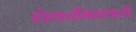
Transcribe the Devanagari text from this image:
होकरबिनकरी